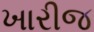
ખારીજ